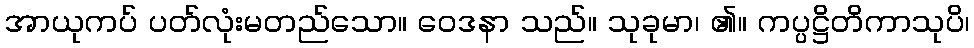
အာယုကပ် ပတ်လုံးမတည်သော။ ဝေဒနာ သည်။ သုခုမာ၊ ၏။ ကပ္ပဋ္ဌိတိကာသုပိ၊